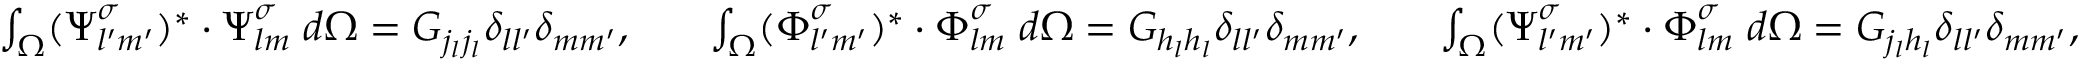
\begin{array} { r l r l r } { \int _ { \Omega } ( { \boldsymbol { \Psi } _ { l ^ { \prime } m ^ { \prime } } ^ { \sigma } } ) ^ { * } \cdot \boldsymbol { \Psi } _ { l m } ^ { \sigma } \; d \Omega = G _ { j _ { l } j _ { l } } \delta _ { l l ^ { \prime } } \delta _ { m m ^ { \prime } } , } & { } & { \int _ { \Omega } ( { \boldsymbol { \Phi } _ { l ^ { \prime } m ^ { \prime } } ^ { \sigma } } ) ^ { * } \cdot { \boldsymbol { \Phi } _ { l m } ^ { \sigma } } \; d \Omega = G _ { h _ { l } h _ { l } } \delta _ { l l ^ { \prime } } \delta _ { m m ^ { \prime } } , } & { } & { \int _ { \Omega } ( { \boldsymbol { \Psi } _ { l ^ { \prime } m ^ { \prime } } ^ { \sigma } } ) ^ { * } \cdot \boldsymbol { \Phi } _ { l m } ^ { \sigma } \; d \Omega = G _ { j _ { l } h _ { l } } \delta _ { l l ^ { \prime } } \delta _ { m m ^ { \prime } } , } \end{array}